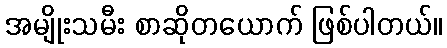
အမျိုးသမီး စာဆိုတယောက် ဖြစ်ပါတယ်။